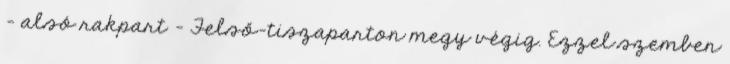
- alsó rakpart - Felső-tiszaparton megy végig. Ezzel szemben